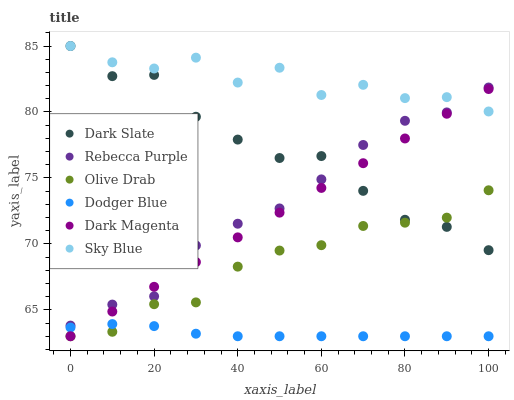
| xaxis_label | Dark Slate | Rebecca Purple | Olive Drab | Dodger Blue | Dark Magenta | Sky Blue |
 | --- | --- | --- | --- | --- | --- | --- |
 | 0 | 85 | 63.8 | 63 | 63.7 | 63 | 85 |
 | 10 | 82.7 | 65.4 | 63.3 | 63.9 | 64.9 | 83.8 |
 | 20 | 82.8 | 66 | 65.4 | 63.8 | 66.7 | 83.3 |
 | 30 | 79.6 | 69.9 | 65.6 | 63.2 | 68.6 | 84.1 |
 | 40 | 77.9 | 71.5 | 68.3 | 63 | 70.5 | 82.2 |
 | 50 | 76.5 | 72.7 | 69.5 | 63 | 72.4 | 83.4 |
 | 60 | 76.7 | 74.9 | 69.9 | 63 | 74.2 | 81.3 |
 | 70 | 74 | 77.5 | 71.4 | 63 | 76.1 | 82.1 |
 | 80 | 71.8 | 79.3 | 71.6 | 63 | 78 | 81.1 |
 | 90 | 71.3 | 80 | 72 | 63 | 79.9 | 81.1 |
 | 100 | 69.5 | 81.9 | 74.1 | 63 | 81.7 | 80 |